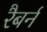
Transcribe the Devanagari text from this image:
रैबर्न